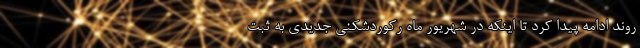
روند ادامه پیدا کرد تا اینکه در شهریور ماه رکوردشکنی جدیدی به ثبت